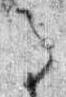
馬